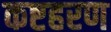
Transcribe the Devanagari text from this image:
कष्टहरण